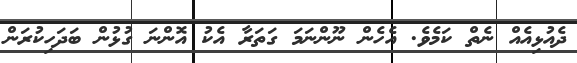
ދެއުޅިއެއް ނެތް ކަމެވެ. އެހެން ނޫންނަމަ ގަތަރާ އެކު އޮންނަ ގުޅުން ބަދަހިކުރަން